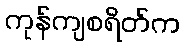
ကုန်ကျစရိတ်က